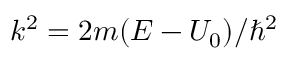
k ^ { 2 } = 2 m ( E - U _ { 0 } ) / \hbar ^ { 2 }